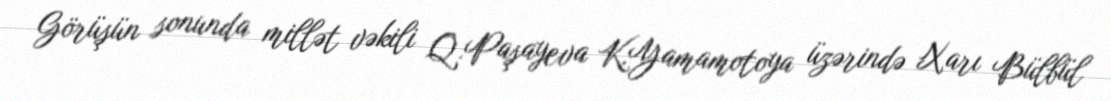
Görüşün sonunda millət vəkili Q.Paşayeva K.Yamamotoya üzərində Xarı Bülbül